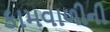
કામવાળીની